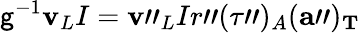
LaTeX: \mathsf{g}^{-1}{\mathbf{v}}_{L}I={\mathbf{v}}"_{L}Ir"(\tau")_{A}({\mathbf{a}}")_{\mathbf{T}}